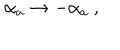
\alpha _ { a } \to - \alpha _ { a } \ ,